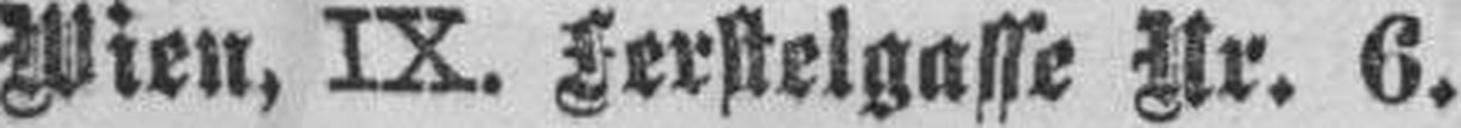
Wien, IX. Ferstelgasse Nr. 6.